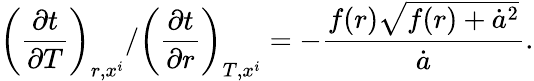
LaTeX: \left(\frac{\partial t}{\partial T}\right)_{r,x^{i}}/\left(\frac{\partial t}{\partial r}\right)_{T,x^{i}}=-\frac{f(r)\sqrt{f(r)+\dot{a}^{2}}}{\dot{a}}.